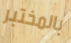
بالمختبر